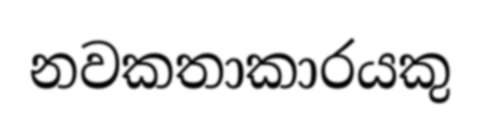
නවකතාකාරයකු